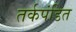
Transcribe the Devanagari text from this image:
तर्कपंडित